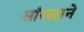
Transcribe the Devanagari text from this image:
सांसदाने